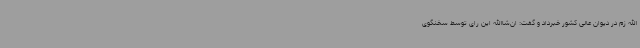
الله زم در دیوان عالی کشور خبرداد و گفت: ان‌شاالله این رای توسط سخنگوی